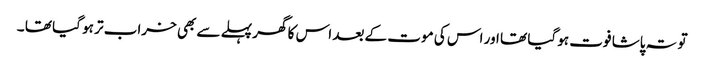
تو تہ پاشا فوت ہو گیا تھا اور اس کی موت کے بعد اس کا گھر پہلے سے بھی خراب تر ہو گیا تھا ۔